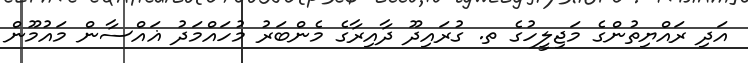
އަދި ރައްޔިތުންގެ މަޖިލީހުގެ ތ. ގުރައިދޫ ދާއިރާގެ މެންބަރު މުހައްމަދު ޣައްސާން މައުމޫން